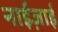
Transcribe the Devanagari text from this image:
नाईज़ाई